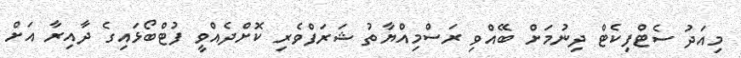
މިއަދު ސެޓްފިކެޓް ދިނުމަށް ބޭއްވި ރަސްމިއްޔާތު ޝަރަފްވެރި ކޮށްދެއްވީ ފުޓްބޯޅައިގެ ދާއިރާ އަށް